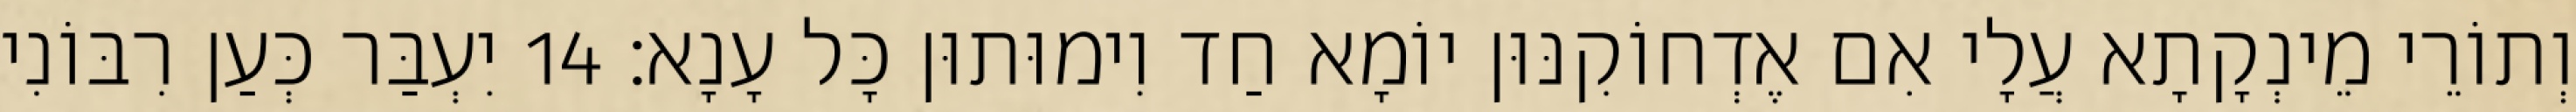
וְתוֹרֵי מֵינְקָתָא עֲלָי אִם אֶדְחוֹקִנּוּן יוֹמָא חַד וִימוּתוּן כָּל עָנָא׃ 14 יִעְבַּר כְּעַן רִבּוֹנִי